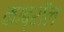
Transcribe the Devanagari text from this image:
काब्रॉल